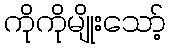
ကိုကိုမျိုးသော့်